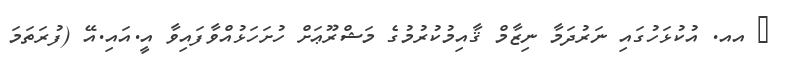
_ އއ. އުކުޅަހުގައި ނަރުދަމާ ނިޒާމް ޤާއިމުކުރުމުގެ މަޝްރޫޢަށް ހުށަހަޅުއްވާފައިވާ އީ.އައި.އޭ (ފުރަތަމަ